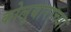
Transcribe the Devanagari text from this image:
कोलुबाराच्या